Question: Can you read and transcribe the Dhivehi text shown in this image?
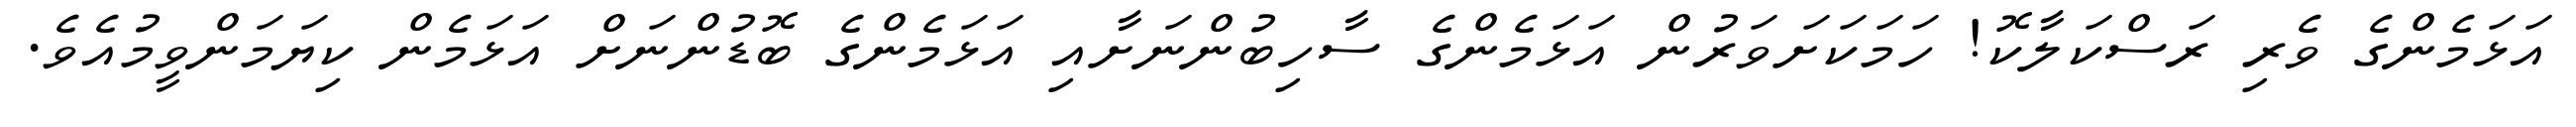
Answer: އަޅަމެންގެ ވެރި ރަސްކަލާކޮ! ހަމަކަށަވަރުން އަޅަމެންގެ ސާހިބުންނަށާއި އަޅަމެންގެ ބޮޑުންނަށް އަޅަމެން ކިޔަމަންވީމުއެވެ.